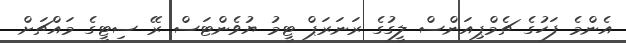
އެންމެ ފަހުގެ ޗެމްޕިއަންސް ލީގުގެ ރަނަރަޕް ޓީމު ޔުވެންޓަސް ރޭ ސިޓީގެ މައްޗަށް